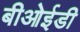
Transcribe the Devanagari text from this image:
बीओईडी